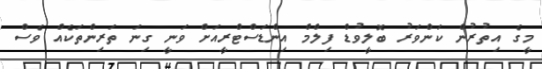
މީގެ އިތުރުން ކަންވަރު ބޮލީވުޑް ފިލްމް އިންޑަސްޓްރީއަށް ވަނީ ގިނަ ތަރިންތަކެއް ވެސް